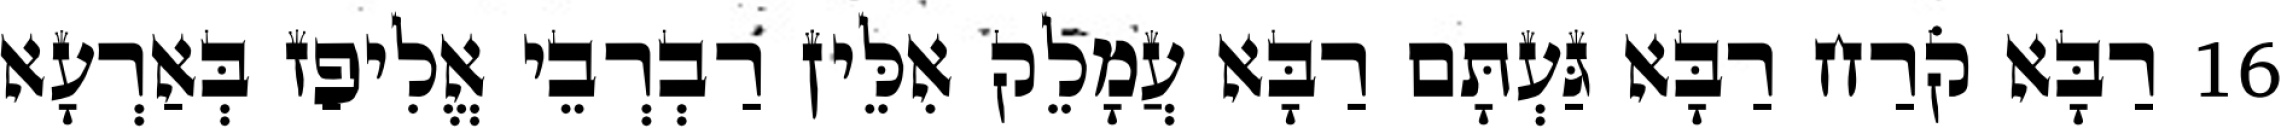
16 רַבָּא קֹרַח רַבָּא גַּעְתָּם רַבָּא עֲמָלֵק אִלֵּין רַבְרְבֵי אֱלִיפַז בְּאַרְעָא